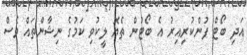
އަދި ބޯޓް ފުންކުރިއިރު އެ ބޯޓުން ތެޔޮ ލީކުވި ކަމުގެ ނިޝާންތައް ވެސް